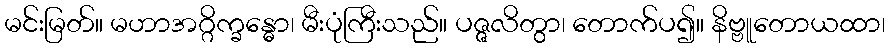
မင်းမြတ်။ မဟာအဂ္ဂိက္ခန္ဓော၊ မီးပုံကြီးသည်။ ပဇ္ဇလိတွာ၊ တောက်ပ၍။ နိဗ္ဗူတောယထာ၊